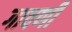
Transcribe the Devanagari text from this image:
गावणी